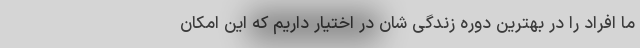
ما افراد را در بهترین دوره زندگی شان در اختیار داریم که این امکان